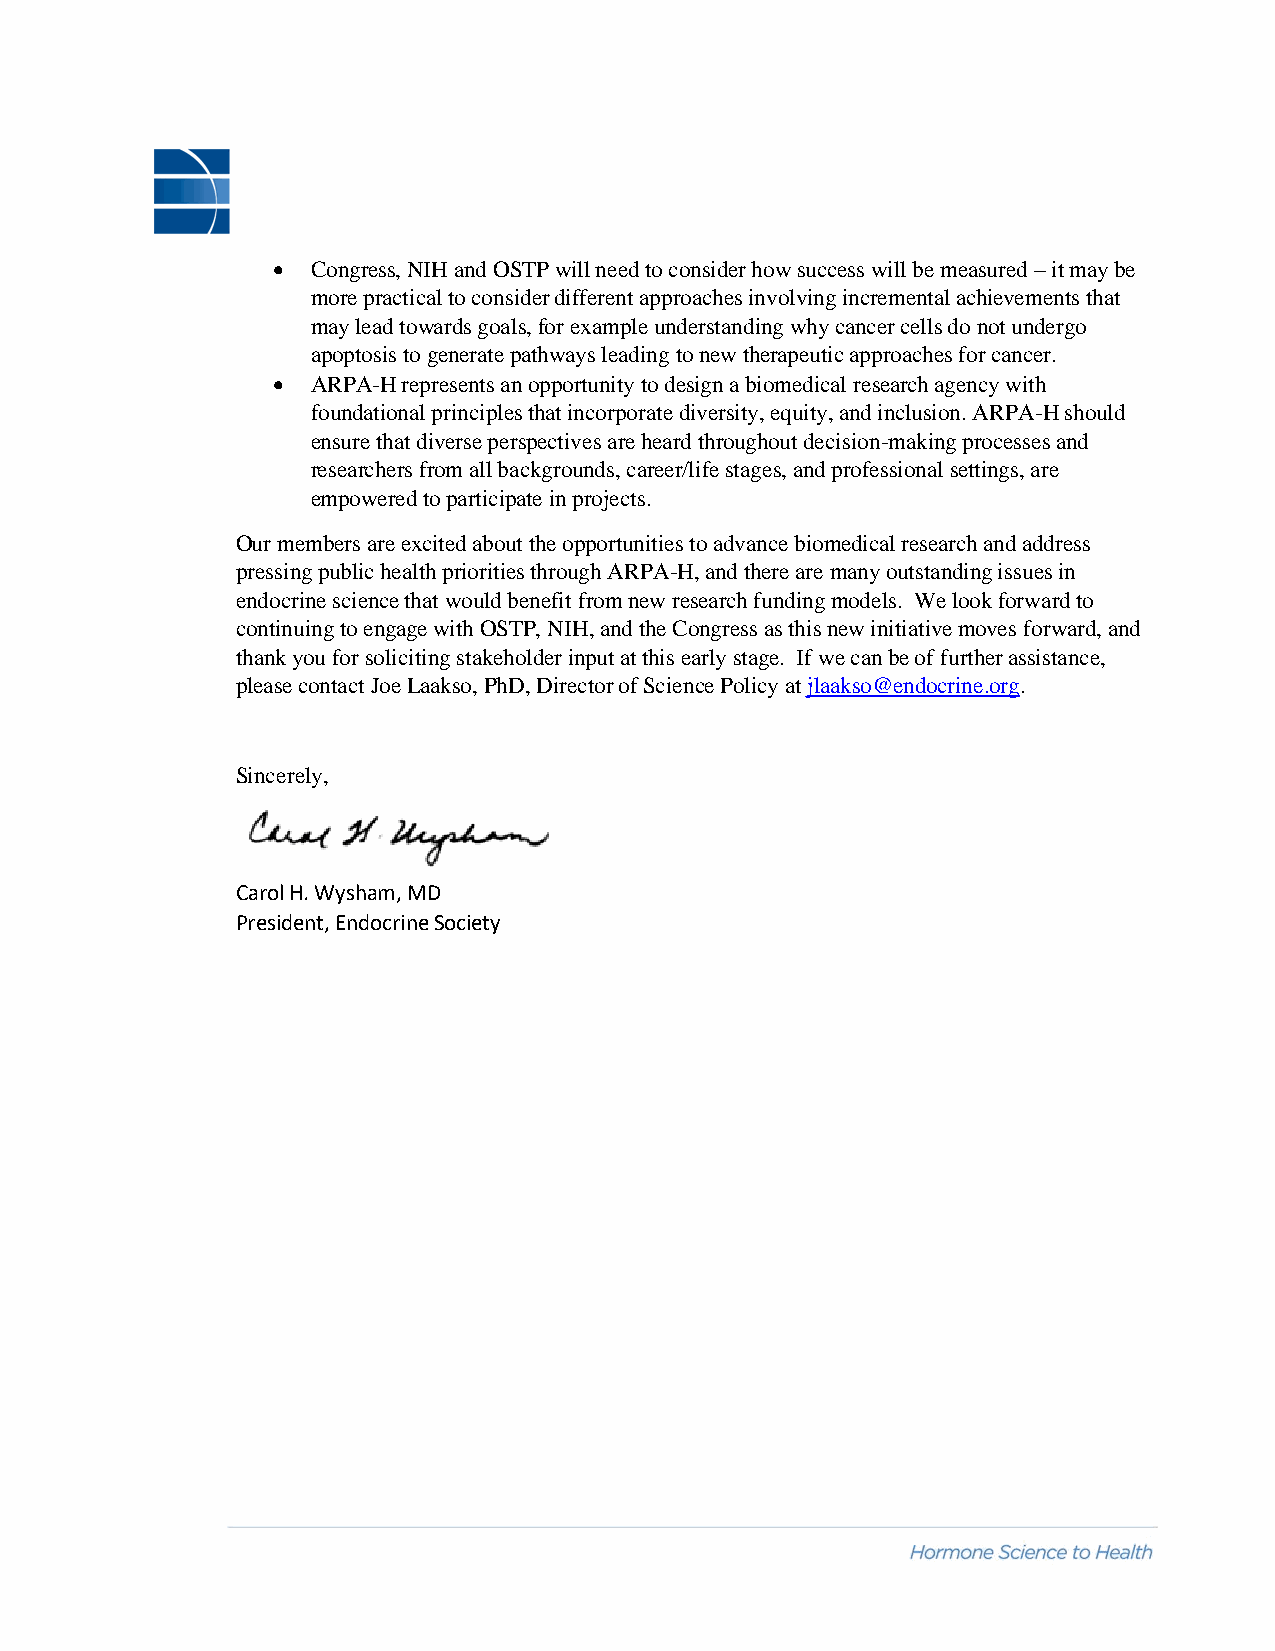
•  Congress, NIH and OSTP will need to consider how success will be measured – it may be
 more practical to consider different approaches involving incremental achievements that
 may lead towards goals, for example understanding why cancer cells do not undergo
 apoptosis to generate pathways leading to new therapeutic approaches for cancer.
 •  ARPA-H represents an opportunity to design a biomedical research agency with
 foundational principles that incorporate diversity, equity, and inclusion. ARPA-H should
 ensure that diverse perspectives are heard throughout decision-making processes and
 researchers from all backgrounds, career/life stages, and professional settings, are
 empowered to participate in projects.
 Our members are excited about the opportunities to advance biomedical research and address
 pressing public health priorities through ARPA-H, and there are many outstanding issues in
 endocrine science that would benefit from new research funding models. We look forward to
 continuing to engage with OSTP, NIH, and the Congress as this new initiative moves forward, and
 thank you for soliciting stakeholder input at this early stage. If we can be of further assistance,
 please contact Joe Laakso, PhD, Director of Science Policy at jlaakso@endocrine.org.
 Sincerely,
 Carol H. Wysham, MD
 President, Endocrine Society